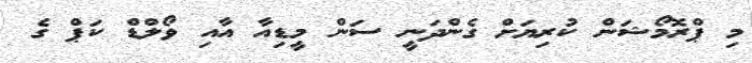
މި ޕްރޮމޯޝަން ކުރިޔަށް ގެންދަނީ ސަން މީޑިއާ އާއި ވޯލްޑް ކަޕް ގެ